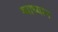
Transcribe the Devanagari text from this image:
व्याध्यान